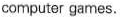
computer games.